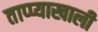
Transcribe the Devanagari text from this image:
ताप्प्याखाली